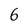
Character: 6